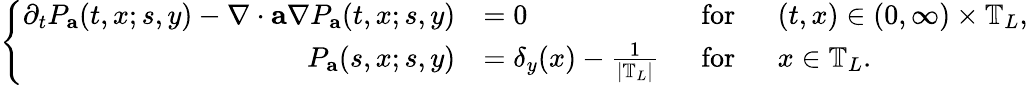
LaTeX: \left\{ \begin{array}{rlrl}{\partial_{t}P_{\mathbf{a}}(t,x;s,y)-\nabla\cdot\mathbf{a}\nabla P_{\mathbf{a}}(t,x;s,y)}&{=0}&{~~\mathrm{for}}&{~~(t,x)\in(0,\infty)\times\mathbb{T}_{L},}\\ {P_{\mathbf{a}}(s,x;s,y)}&{=\delta_{y}(x)-\frac{1}{\left|\mathbb{T}_{L}\right|}}&{~~\mathrm{for}}&{~~x\in\mathbb{T}_{L}.}\end{array}\right.